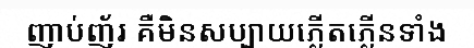
ញាប់ញ័រ គឺមិនសប្បាយភ្លើតភ្លើនទាំង